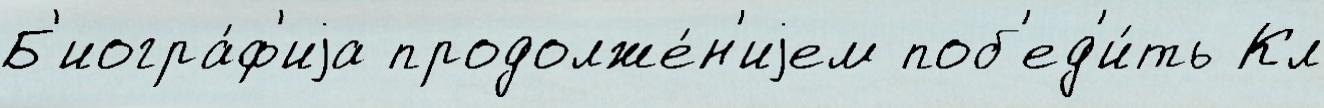
Б'иогра́ф'иjа продолже́н'иjем поб'ед'и́ть Кл